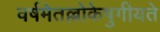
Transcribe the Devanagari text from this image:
वर्षमेतल्लोकेषुगीयते